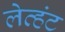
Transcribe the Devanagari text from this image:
लेव्हंट